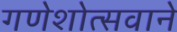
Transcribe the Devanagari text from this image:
गणेशोत्सवाने